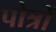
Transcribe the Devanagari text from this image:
पोत्रों